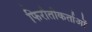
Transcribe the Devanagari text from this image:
फिरौतीकर्ताओं